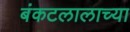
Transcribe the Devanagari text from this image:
बंकटलालाच्या